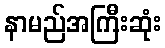
နာမည်အကြီးဆုံး